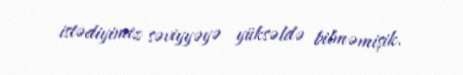
istədiyimiz səviyyəyə yüksəldə bilməmişik.